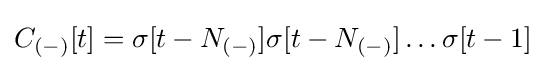
C_{(-)}[t]=\sigma [t-N_{(-)}]\sigma [t-N_{(-)}]\ldots \sigma [t-1]